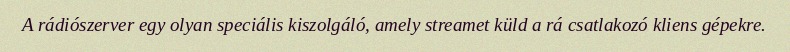
A rádiószerver egy olyan speciális kiszolgáló, amely streamet küld a rá csatlakozó kliens gépekre.